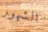
الشهور